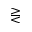
\gtreqless